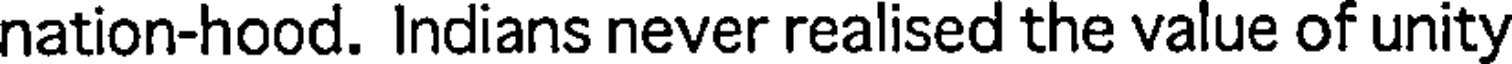
nation-hood. Indians never realised the value of unity